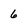
Character: 6